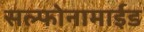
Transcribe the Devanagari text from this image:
सल्फोनामाईड